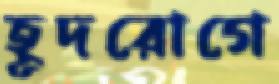
হূদরোগে